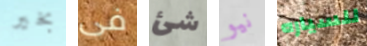
بخير فى شئ نيو للسياره